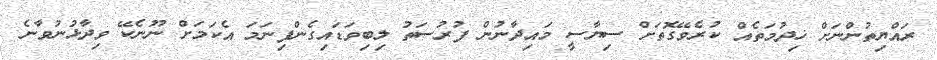
ރައްޔިތުންނަށް ޚިދުމަތެއް ކުރެވޭގޮތަށް ސިޔާސީ މައިދާނުން ފުރުސަތު ލިބިވަޑައިގެންފިނަމަ އެކަމަށް ނޫނެކޭ ވިދާޅުނުވާނެ